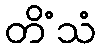
တိံသံ